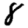
Digit: 8